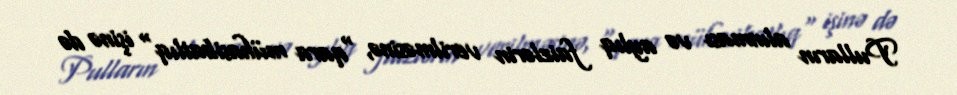
Pulların alınması və aylıq faizlərin verilməsinə, "qara mühasibatlıq" işinə də